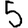
Digit: 5